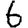
Digit: 6